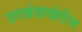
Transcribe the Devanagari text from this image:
उपखंडाखेरीज